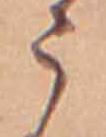
う